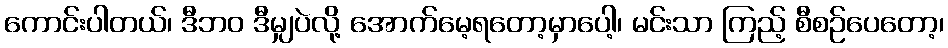
ကောင်းပါတယ်၊ ဒီဘဝ ဒီမျှပဲလို့ အောက်မေ့ရတော့မှာပေါ့၊ မင်းသာ ကြည့် စီစဉ်ပေတော့၊